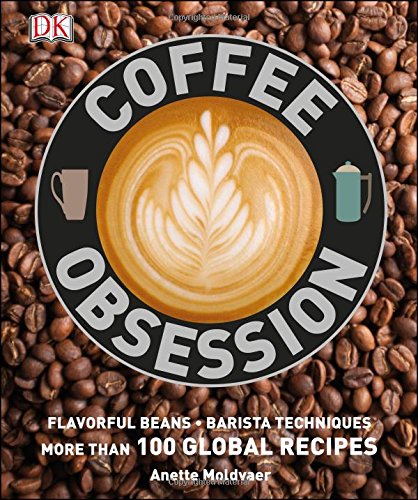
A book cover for Coffee Obsession; DK Publishing; Cookbooks, Food & Wine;